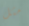
مثل